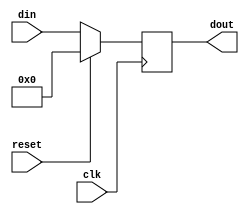
`timescale 1ns / 1ps
//////////////////////////////////////////////////////////////////////////////////
// Company: 
// Engineer: 
// 
// Design Name: 
// Module Name: pipo
// Project Name: 
// Target Devices: 
// Tool Versions: 
// Description: 
// 
// Dependencies: 
// 
// Revision:
// Revision 0.01 - File Created
// Additional Comments:
// 
//////////////////////////////////////////////////////////////////////////////////


module pipo( din ,clk ,reset ,dout );

output [3:0] dout ;
reg [3:0] dout ;

input [3:0] din ;
wire [3:0] din ;
input clk ;
wire clk ;
input reset ;
wire reset ;

always @ (posedge (clk)) begin
 if (reset)
  dout <= 0;
 else
  dout <= din;
end

endmodule